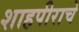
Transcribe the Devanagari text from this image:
शाहपीराचे